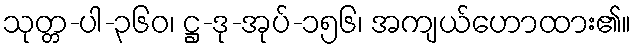
သုတ္တ-ပါ-၃၆၀၊ ဋ္ဌ-ဒု-အုပ်-၁၅၆၊ အကျယ်ဟောထား၏။